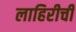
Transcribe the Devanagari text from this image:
लाहिरीची